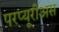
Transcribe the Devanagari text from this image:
परप्यूरीअस